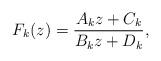
LaTeX: \begin{align*}F_k(z) = \frac{A_k z+C_k}{B_k z+D_k},\end{align*}